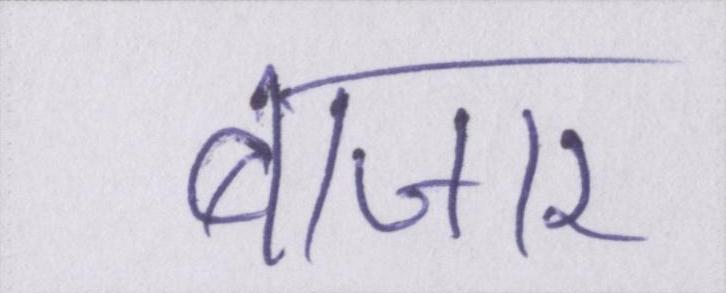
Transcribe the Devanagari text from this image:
बाजार